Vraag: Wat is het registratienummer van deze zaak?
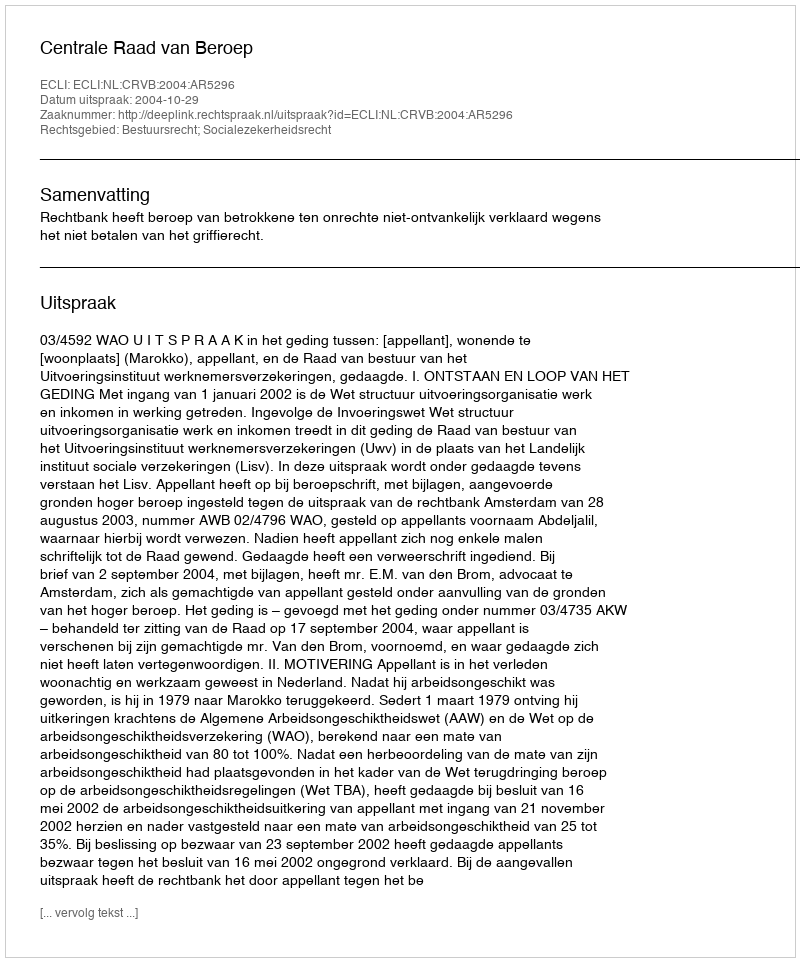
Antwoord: http://deeplink.rechtspraak.nl/uitspraak?id=ECLI:NL:CRVB:2004:AR5296